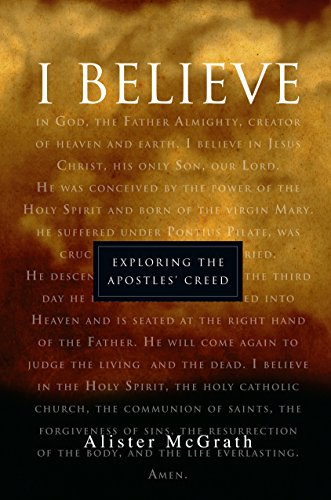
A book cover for "I Believe": Exploring the Apostles' Creed; Alister McGrath; Christian Books & Bibles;